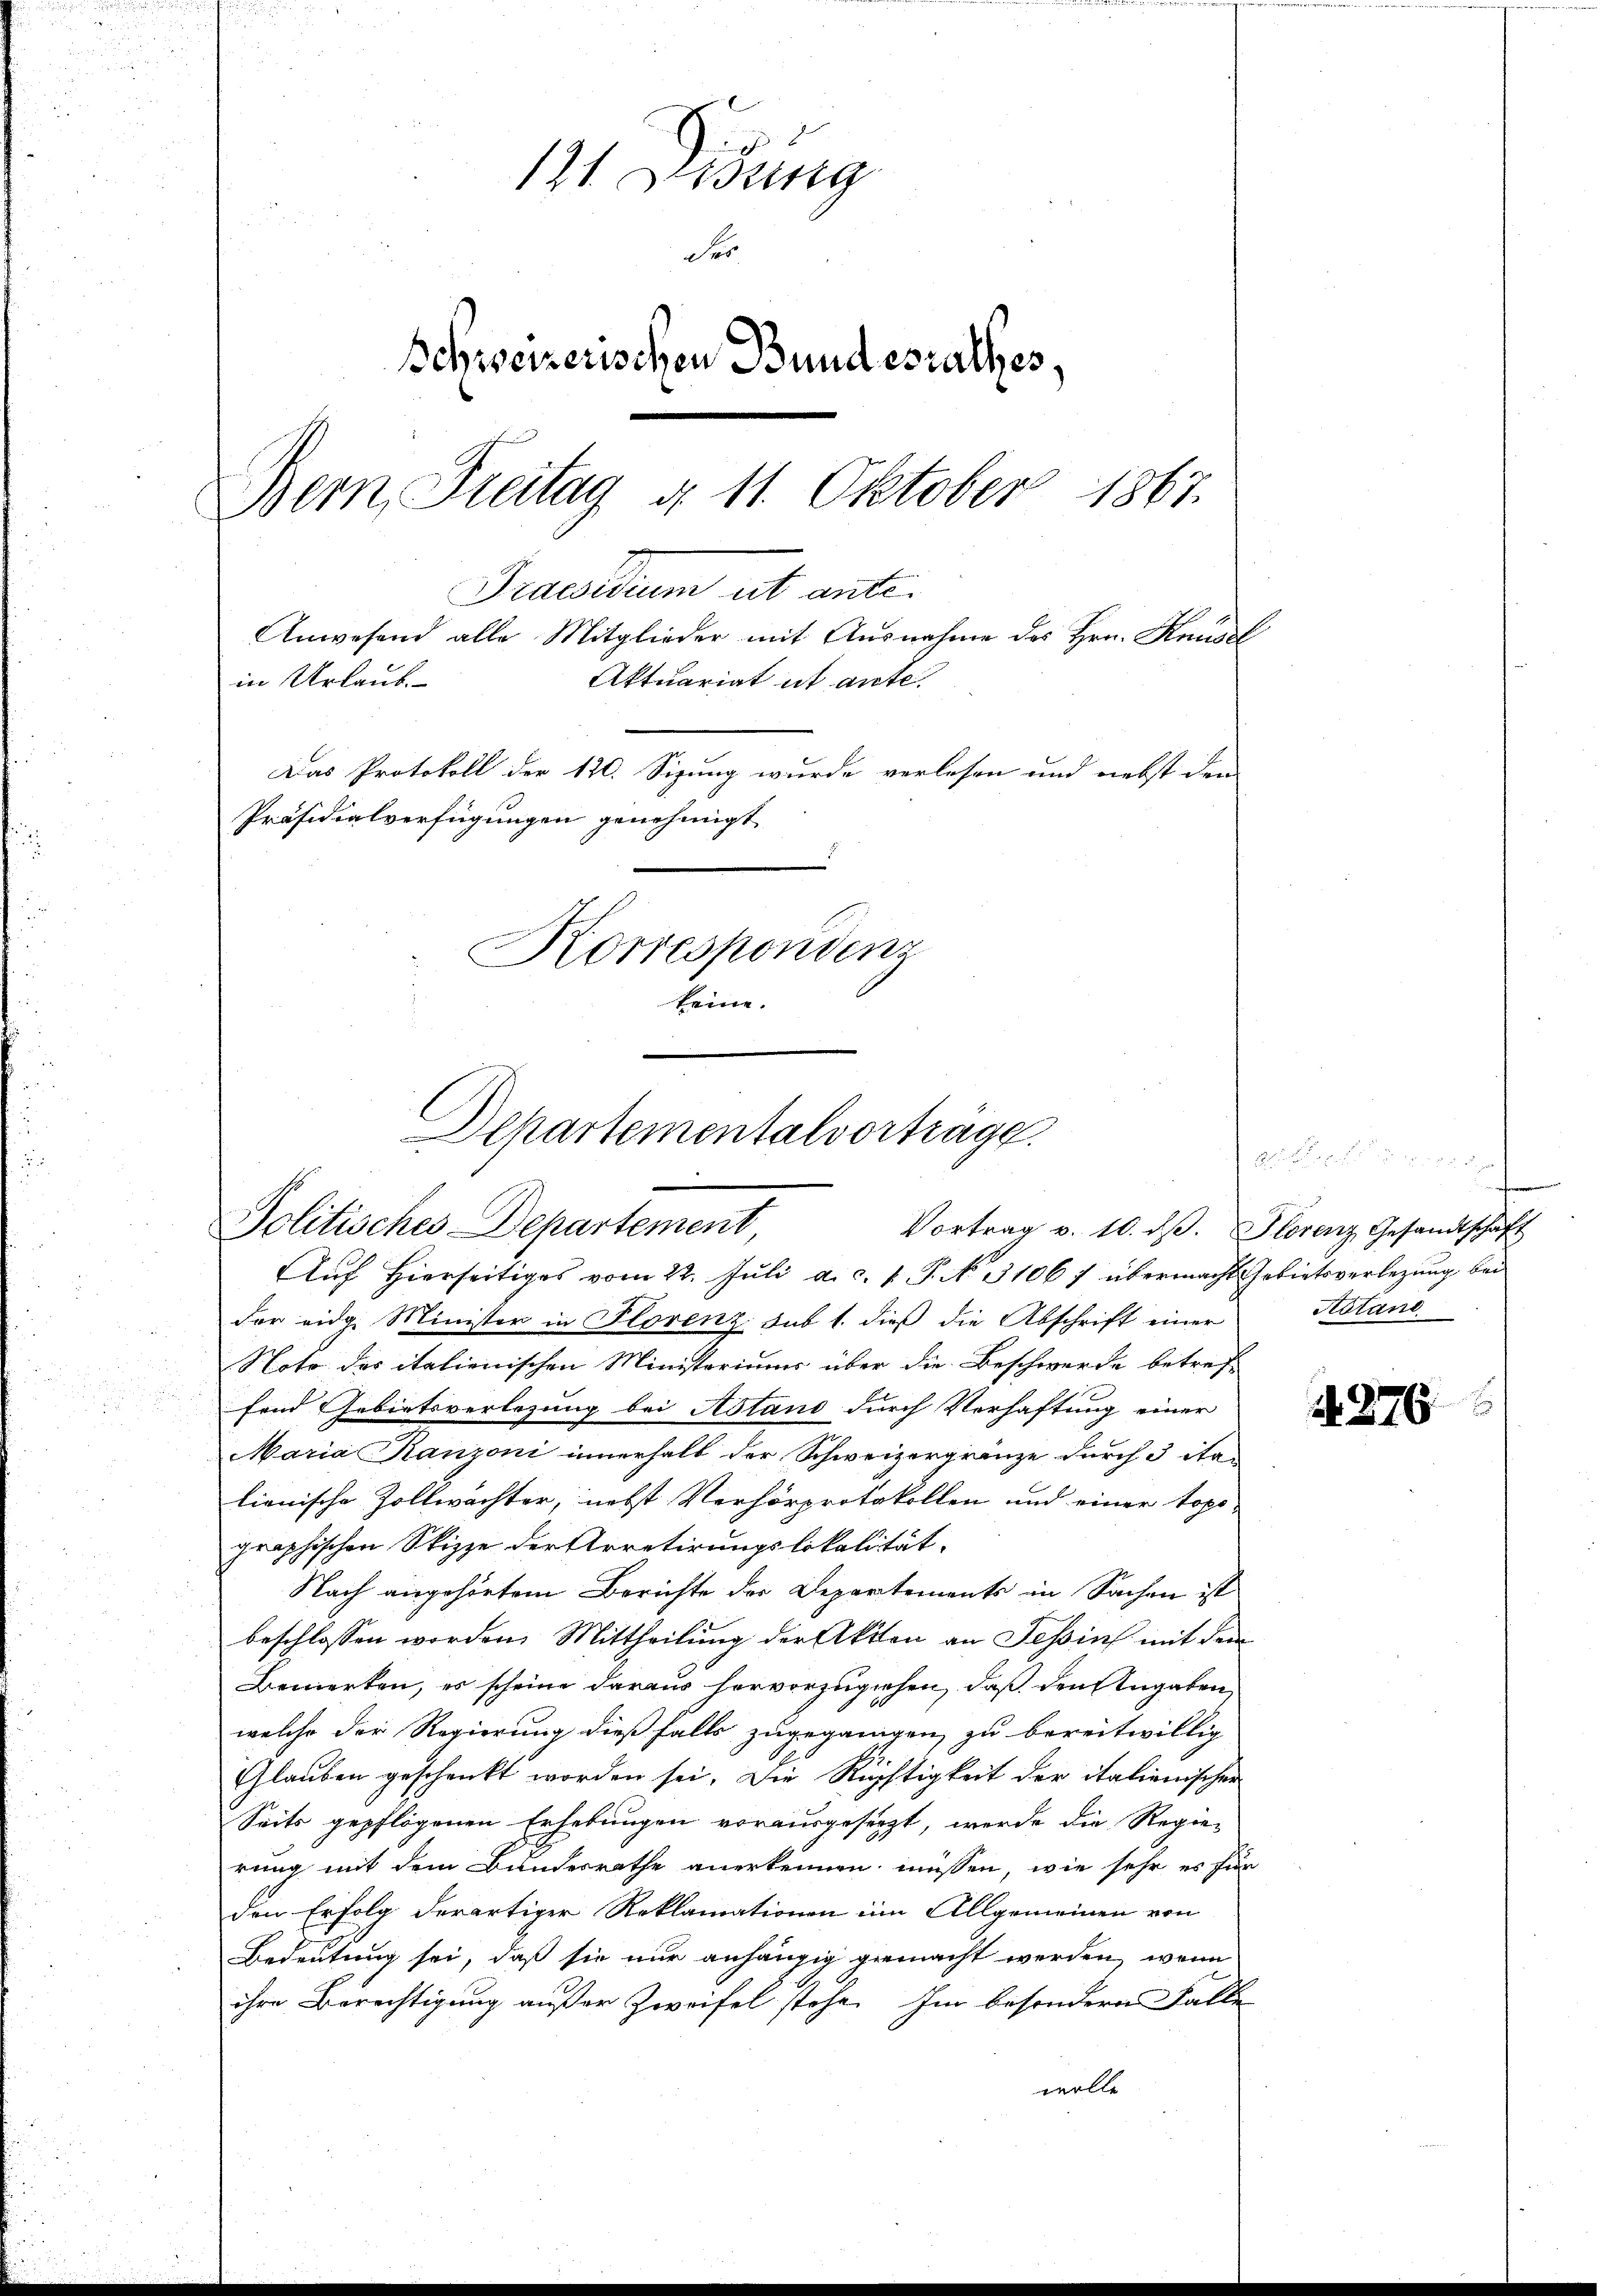
121. Sidung
Ser
Schweizerischen Bundesrathes,
Bern, Freitag d. 11. Oktober 1867.
Praesiduum ut ante.
Anwesend alle Mitglieder mit Ausnahme des Hrn. Knüsel
in Urlaub.
Aktuariat ut ante.
Das Protokoll der 120. Sizung wurde verlesen und nebst den
Präsidialverfügungen genehmigt
Korresponden
keine.

Departementalvortrage
Politisches Departement
Vortrag v. 10. dβ. Florenz Gesandtschaft

Auf hierseitiges vom 22. Juli a. c. v. P. No. 31067 übermacht Gebietsverlegung bei
der eidg. Minister in Florenz Sub 1. dieß die Abschrift einer
Noto der italienischen Ministoriums über die Beschwerde betref-
fend Gebietsverlegung bei Astand durch Verhaftung einer
Maria Ranzoni innerhalb der Schweizergränze durch 3 ita
lienische Zollwachter, nebst Verhörprotokollen und einer topo-
graphischen Skizze der Arretirungslokalität.
Nach angehörtem Berichte der Departements in Sachen ist
beschlossen worden. Mittheilung der Akten an Tessin mit dem
Bemerken, es scheine daraus hervorzuziehen, daß den Angaben
welche der Regierung dießfalls zugegangen, zu bereitwillig
Glauben geschenkt worden sei. Die Rüchtigkeit der italienischen
Seits gepflogenen Erhebungen vorausgesetzt, werde die Regierung mit dem Bundesrathe anerkennen müssen, wie sehr es für
den Erfolg derartiger Reklamationen im Allgemeinen von
Bedeutung sei, daß sie nur anhängig gemacht werden, wenn
ihre Berechtigung außer Zweifel stehe. Im besondern Falle
wolle

Astand

276